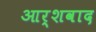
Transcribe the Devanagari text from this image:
आर्शवाद